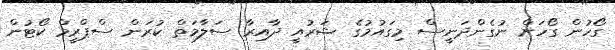
ގޯހުން ގޯހަށް ނުގެންދަނީސް މިގައުމުގެ ޝަރުއީ ދާއިރާ ސަލާމަތް ކުރަން ސްޕްރީމް ކޯޓުން